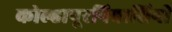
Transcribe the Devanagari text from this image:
कोल्हापूरनिवासिनी